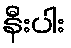
နီးပါး